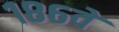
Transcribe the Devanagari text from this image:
१८६वें